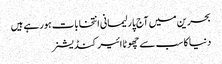
بحرین میں آج پارلیمانی انتخابات ہورہے ہیں
دنیا کا سب سے چھوٹا ائیر کنڈیشنر